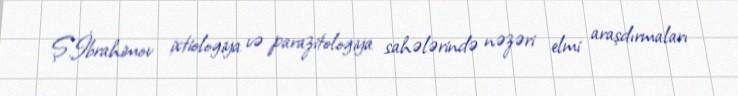
Ş.İbrahimov ixtiologiya və parazitologiya sahələrində nəzəri elmi araşdırmaları